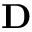
\mathbf { D }